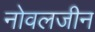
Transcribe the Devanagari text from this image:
नोवलजीन